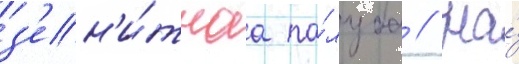
з'ен'и́тнаа па́луба // На́